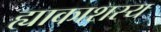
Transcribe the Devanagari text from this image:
ह्याकाशस्य